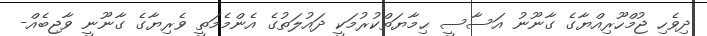
ދިވެހި ޖުމްހޫރިއްޔާގެ ގާނޫނު އަސާސީ ޙިމާޔަތްކުރުމަކީ ދައުލަތުގެ އެންމެމަތީ ވެރިޔާގެ ގާނޫނީ ވާޖިބެއް-